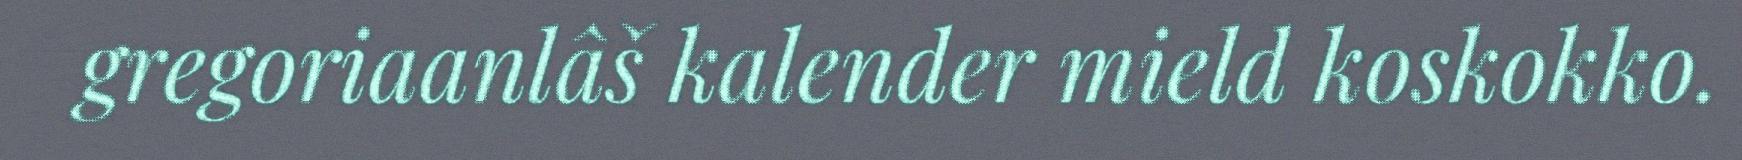
gregoriaanlâš kalender mield koskokko.